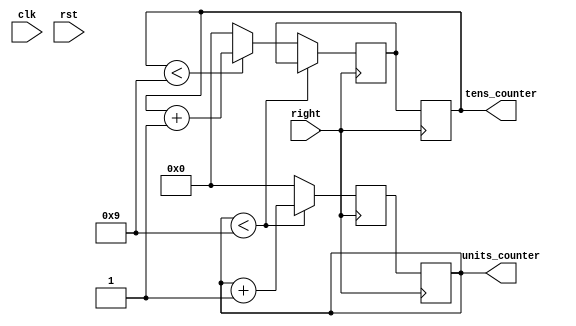
`timescale 1ns / 1ps
//////////////////////////////////////////////////////////////////////////////////
// Company: 
// Engineer: 
// 
// Design Name: 
// Module Name: points_counter
// Project Name: 
// Target Devices: 
// Tool Versions: 
// Description: 
// 
// Dependencies: 
// 
// Revision:
// Revision 0.01 - File Created
// Additional Comments:
// 
//////////////////////////////////////////////////////////////////////////////////


module points_counter(
    input clk,
    input rst,
    input right,
    output reg [3:0] units_counter,
    output reg [3:0] tens_counter
    );
    reg [1:0] life_count = 2'b11;
    wire [3:0] result;
    wire [3:0] answer;
    //wire game_over;
    //reg [2:0] life;

    //answer_check check(.result(result), .answer(answer), .right(right), .life(life), .game_over(game_over));

reg [3:0] units_counter_buff = 0;
reg [3:0] tens_counter_buff = 0;

always @(posedge right) begin
    //life = 3'b111; 
  //if (right == 1) begin
      if (units_counter < 4'd9) begin
      units_counter_buff <= units_counter + 1;
    end else begin
      units_counter_buff <= 4'b0;
      if (tens_counter < 4'd9) begin
        tens_counter_buff <= tens_counter + 1;
      end else begin
        tens_counter_buff <= 4'b0;end end //end // Reset tens digit after 9
   /*if (right ==0)
           life_count = life_count - 1;
        case(life_count)
                2'b11: life = 3'b111; 
                2'b10: life = 3'b011;
                2'b01: life = 3'b001;  
                2'b00: begin life = 3'b000;end //game_over = 1; end
     endcase*/
      
end
  
always @(negedge right) begin
    units_counter <= units_counter_buff;
    tens_counter <= tens_counter_buff;
end

/*
always@(posedge clk)begin 
    if (right ==0)
           life_count = life_count - 1;
    case(life_count)
                2'b11: life = 3'b111; 
                2'b10: life = 3'b011;
                2'b01: life = 3'b001;  
                2'b00: begin life = 3'b000;end //game_over = 1; end
     endcase
     */
//end 
/*
              life_count = life_count - 1;
            case(life_count)
                2'b10: life = 3'b011;
                2'b01: life = 3'b001;  
                2'b00: begin life = 3'b000; game_over = 1; end
               // 3'b000: game_over = 1; 
*/
/*always @(posedge rst) begin
  if (rst) begin
    units_counter <= 4'b0;
    tens_counter <= 4'b0;
end
end*/

endmodule